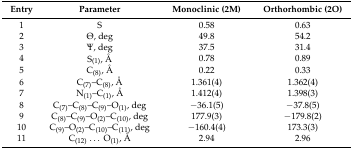
| Entry | Parameter | Monoclinic (2M) | Orthorhombic (2O) |
 | --- | --- | --- | --- |
 | 1 | S | 0.58 | 0.63 |
 | 2 | Θ, deg | 49.8 | 54.2 |
 | 3 | Ψ, deg | 37.5 | 31.4 |
 | 4 | S(1), Å | 0.78 | 0.89 |
 | 5 | C(8), Å | 0.22 | 0.33 |
 | 6 | C(7)–C(8), Å | 1.361(4) | 1.362(4) |
 | 7 | N(1)–C(1), Å | 1.412(4) | 1.398(3) |
 | 8 | C(7)–C(8)–C(9)–O(1), deg | −36.1(5) | −37.8(5) |
 | 9 | C(8)–C(9)–O(2)–C(10), deg | 177.9(3) | −179.8(2) |
 | 10 | C(9)–O(2)–C(10)–C(11), deg | −160.4(4) | 173.3(3) |
 | 11 | C(12)...O(1), Å | 2.94 | 2.96 |